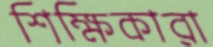
শিক্ষিকারা